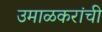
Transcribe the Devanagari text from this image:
उमाळकरांची